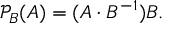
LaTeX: { \mathcal { P } } _ { B } ( A ) = ( A \cdot B ^ { - 1 } ) B .